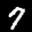
Label: 7